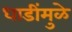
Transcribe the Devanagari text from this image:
धाडींमुळे